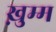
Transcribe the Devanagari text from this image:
ख़ुम्म